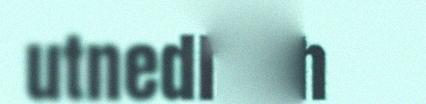
utnedh jïh